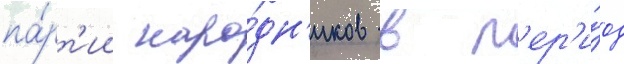
па́рт'ии наро́дн'иков в п'ер'и́од